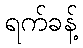
ရက်ခန့်